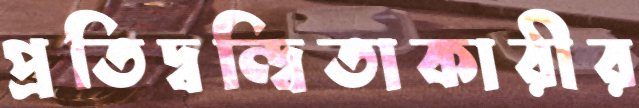
প্রতিদ্বন্দ্বিতাকারীর